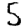
Digit: 5